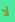
لا